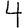
Digit: 4